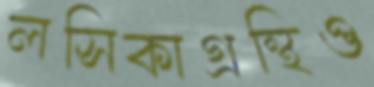
লসিকাগ্রন্থিও